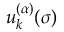
u _ { k } ^ { ( \alpha ) } ( \sigma )